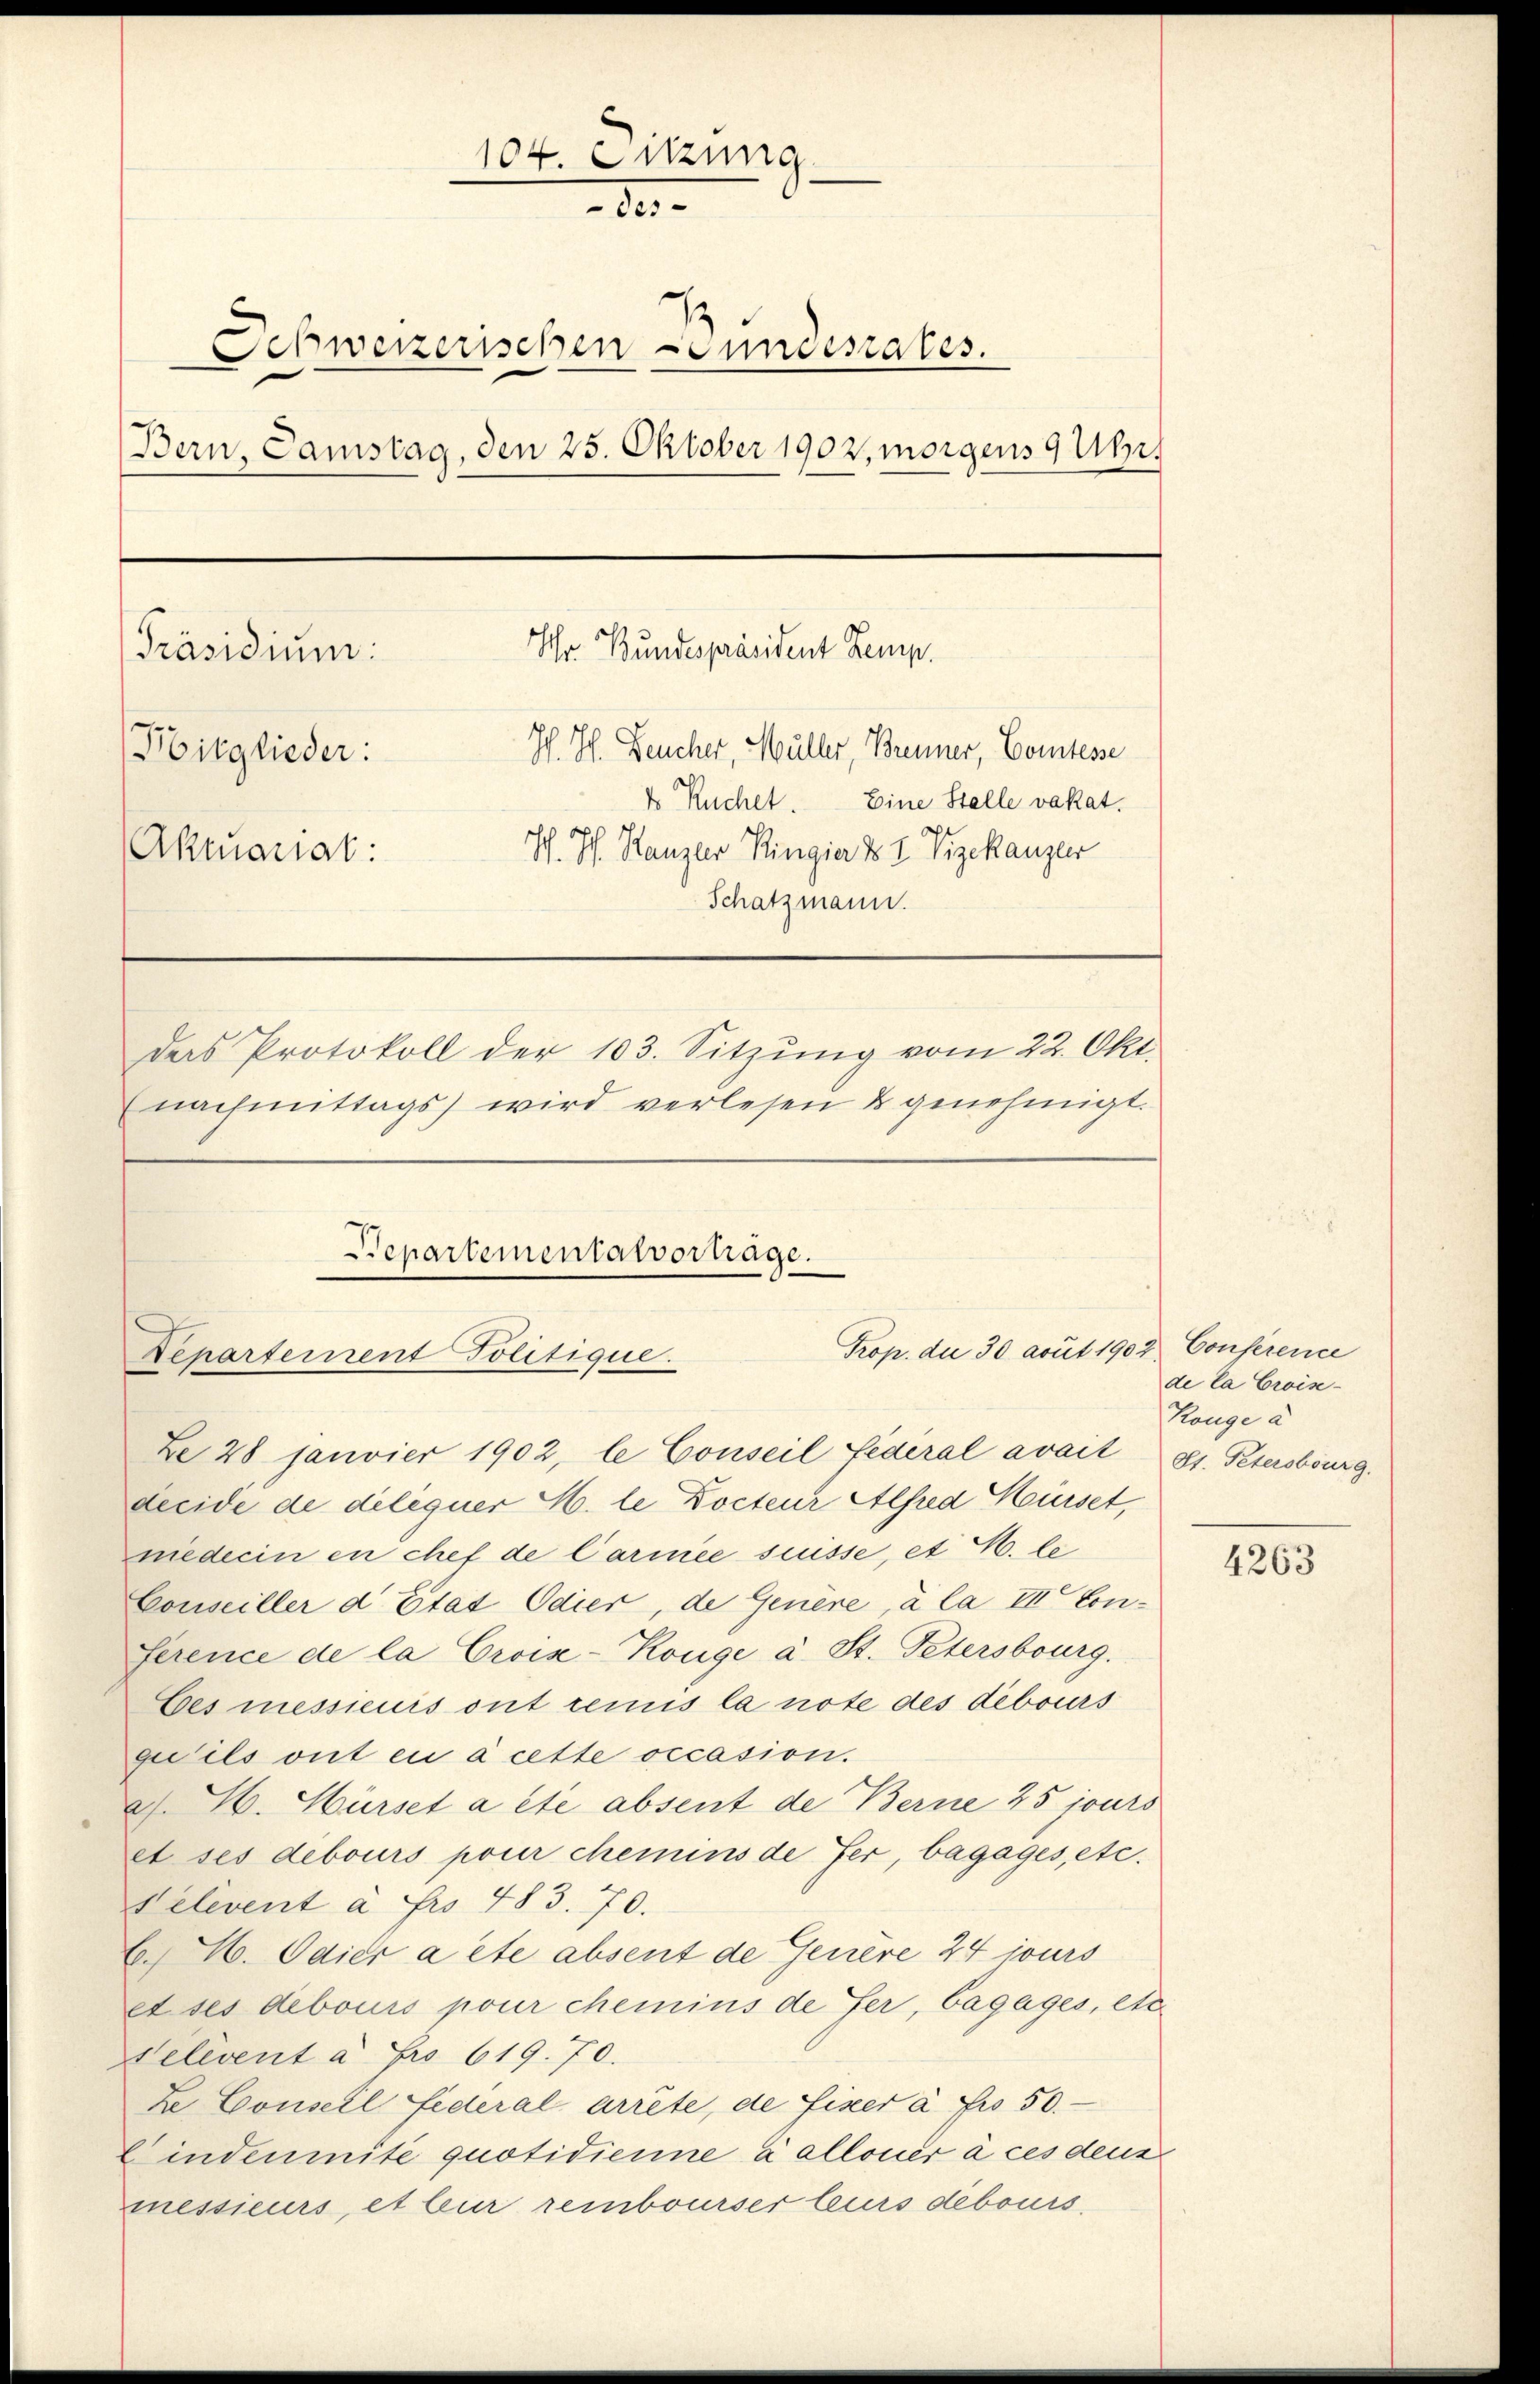
104. Sitzung
d.
Schweizerischen Gundesrates.
Bern, Samstag, den 25. Oktober 1902, morgens 9 Uhr,
Hhr. Bundespräsident Kemp.
[Präsidium:
Ich. Th. Deucher, Müller, Brenner, Comtesse
Bitglieder:
4 Ruchet. Eine Stelle vakat.
Aktuariat: H. Hs. Kanzler Ringia & I Vizekanzer
Schatzmann.
das Protokoll der 103. Sitzŭng vom 22. Okt.
nachmittags wird verlesen & genehmigt.

Departementalvortrage.
Trop. die 30 avut 1902 Conference
Departement Politique.

Ze 28 Janvier 1902, le Conseil fédéral avait St. Petersburg.
decide de déléguer M. le Docteur Alfred Mürset,
niederin en chef de Carmée süsse, et M. le
Conseiller d Etat Odier, de Genère, à la III Con¬
Serence de la Croise-Konge a. St. Petersburg.
Ces messieurs ont remis la note des debours
qu’ils ont eu à cette occasion.
as. H. Hürset a été absent de Berne 25 jours
et ses debours pour chemins de fer, bagages, etc.
Velevent à Fr. 483. 70.
C. M. Odier acte absent de Genere 24 jours
et ses debours pour chemins de fer, Cagages, etc
Velevent à Fr. 619. 70.
Ze Conseil Fideral arrête, de Eiser à Fr. 50.
Cindenmite quotidienne dalloner à ces deux
messieurs, et bur rembourser leurs debours,

de la Crois-
Range a

4263